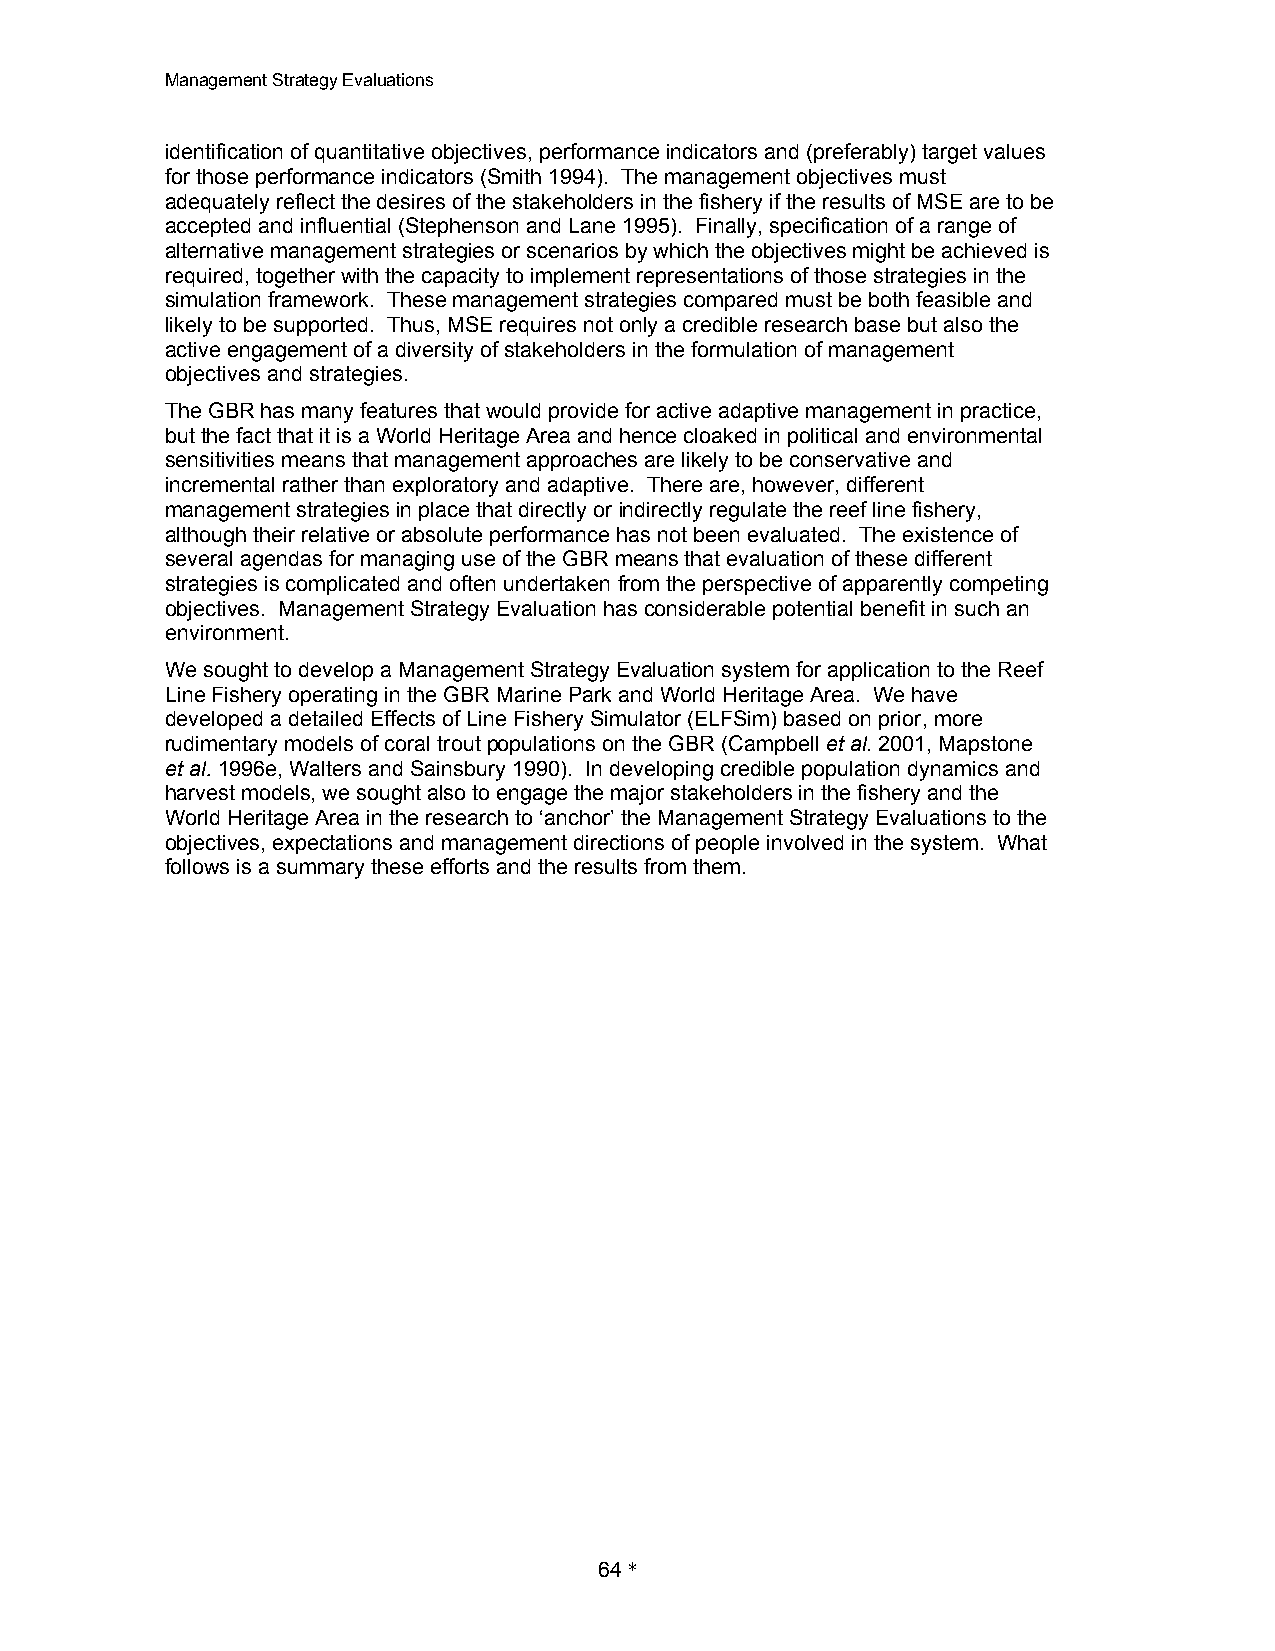
Management Strategy Evaluations
 identification of quantitative objectives, performance indicators and (preferably) target values
 for those performance indicators (Smith 1994). The management objectives must
 adequately reflect the desires of the stakeholders in the fishery if the results of MSE are to be
 accepted and influential (Stephenson and Lane 1995). Finally, specification of a range of
 alternative management strategies or scenarios by which the objectives might be achieved is
 required, together with the capacity to implement representations of those strategies in the
 simulation framework. These management strategies compared must be both feasible and
 likely to be supported. Thus, MSE requires not only a credible research base but also the
 active engagement of a diversity of stakeholders in the formulation of management
 objectives and strategies.
 The GBR has many features that would provide for active adaptive management in practice,
 but the fact that it is a World Heritage Area and hence cloaked in political and environmental
 sensitivities means that management approaches are likely to be conservative and
 incremental rather than exploratory and adaptive. There are, however, different
 management strategies in place that directly or indirectly regulate the reef line fishery,
 although their relative or absolute performance has not been evaluated. The existence of
 several agendas for managing use of the GBR means that evaluation of these different
 strategies is complicated and often undertaken from the perspective of apparently competing
 objectives. Management Strategy Evaluation has considerable potential benefit in such an
 environment.
 We sought to develop a Management Strategy Evaluation system for application to the Reef
 Line Fishery operating in the GBR Marine Park and World Heritage Area. We have
 developed a detailed Effects of Line Fishery Simulator (ELFSim) based on prior, more
 rudimentary models of coral trout populations on the GBR (Campbell et al. 2001, Mapstone
 et al. 1996e, Walters and Sainsbury 1990). In developing credible population dynamics and
 harvest models, we sought also to engage the major stakeholders in the fishery and the
 World Heritage Area in the research to ‘anchor’ the Management Strategy Evaluations to the
 objectives, expectations and management directions of people involved in the system. What
 follows is a summary these efforts and the results from them.
 64 *